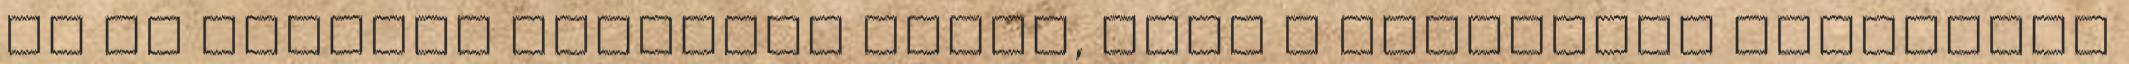
de én bosszút állottam rajta, mert a következő kapálásra